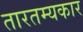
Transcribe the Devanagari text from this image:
तारतम्यकार